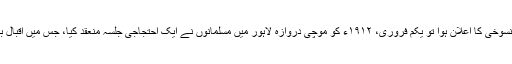
تقسیم بنگال کی منسوخی کا اعلان ہوا تو یکم فروری، ١٩١٢ء کو موچی دروازہ لاہور میں مسلمانوں نے ایک احتجاجی جلسہ منعقد کیا، جس میں اقبال بھی شریک ہوئے۔